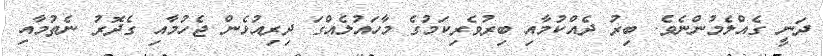
ދަނީ ގެއްލެމުންނެވެ. ބިރު ދެއްކުމާއި ބިރުވެރިކަމުގެ މާހައުލެއްގަ ދިރިއުޅެން ޖެހުމާއި ގެދޮރު ނެތުމާއި